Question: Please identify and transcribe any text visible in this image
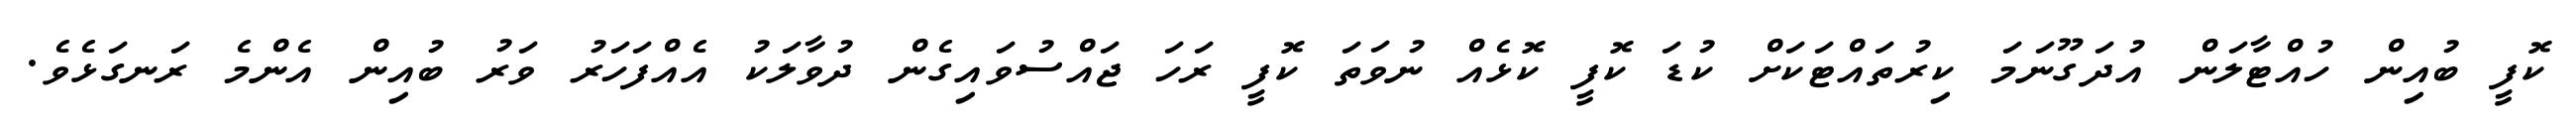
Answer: ކޮފީ ބުއިން ހުއްޓާލަން އުދަގޫނަމަ ކިރުތައްޓަކަށް ކުޑަ ކޮފީ ކޮޅެއް ނުވަތަ ކޮފީ ރަހަ ޖައްސުވައިގެން ދުވާލަކު އެއްފަހަރު ވަރު ބުއިން އެންމެ ރަނގަޅެވެ.